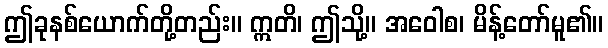
ဤခုနစ်ယောက်တို့တည်း။ ဣတိ၊ ဤသို့။ အဝေါစ၊ မိန့်တော်မူ၏။